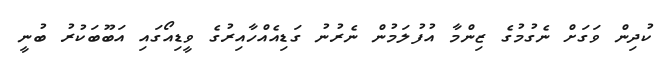
ކުދިން ވަގަށް ނެގުމުގެ ޒިންމާ އުފުލަމުން ނެރުނު ގަޑިއެއްހާއިރުގެ ވީޑިއޯގައި އަބޫބަކުރު ބުނީ